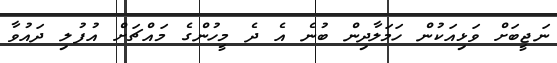
ނަޖީބަށް ވަޅިއަކުން ހަމަލާދިން ބުނެ އެ ދެ މީހުންގެ މައްޗަށް އުފުލި ދައުވާ